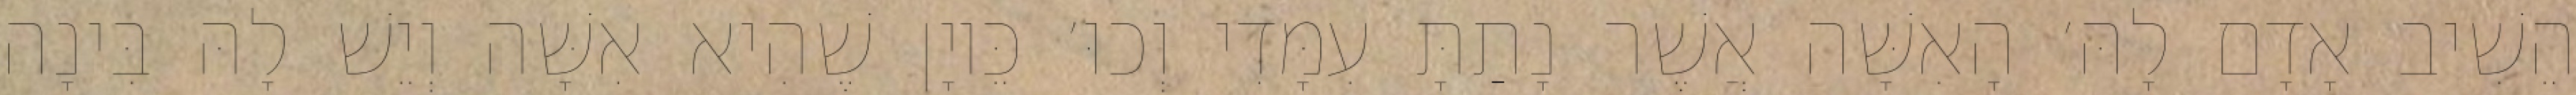
הֵשִׁיב אָדָם לָהּ׳ הָאִשָּׁה אֲשֶׁר נָתַתָּ עִמָּדִי וְכוּ׳ כֵּיוָן שֶׁהִיא אִשָּׁה וְיֵשׁ לָהּ בִּינָה